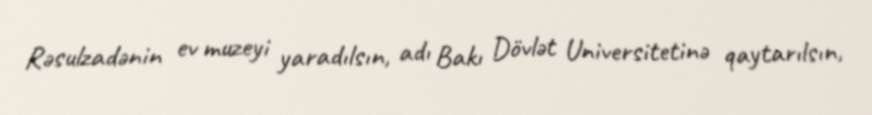
Rəsulzadənin ev muzeyi yaradılsın, adı Bakı Dövlət Universitetinə qaytarılsın,